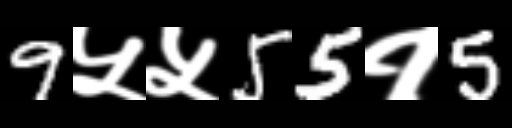
Text: 9५५55१5